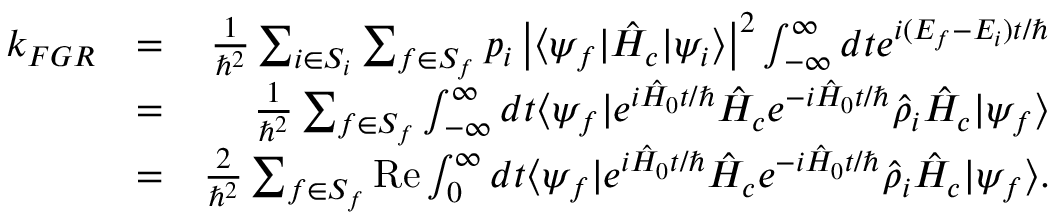
\begin{array} { r l r } { k _ { F G R } } & { = } & { \frac { 1 } { \hbar ^ { 2 } } \sum _ { i \in S _ { i } } \sum _ { f \in S _ { f } } p _ { i } \left| \langle \psi _ { f } | \hat { H } _ { c } | \psi _ { i } \rangle \right| ^ { 2 } \int _ { - \infty } ^ { \infty } d t e ^ { i ( E _ { f } - E _ { i } ) t / \hbar } } \\ & { = } & { \frac { 1 } { \hbar ^ { 2 } } \sum _ { f \in S _ { f } } \int _ { - \infty } ^ { \infty } d t \langle \psi _ { f } | e ^ { i \hat { H } _ { 0 } t / \hbar } \hat { H } _ { c } e ^ { - i \hat { H } _ { 0 } t / \hbar } \hat { \rho } _ { i } \hat { H } _ { c } | \psi _ { f } \rangle } \\ & { = } & { \frac { 2 } { \hbar ^ { 2 } } \sum _ { f \in S _ { f } } \mathrm { R e } \int _ { 0 } ^ { \infty } d t \langle \psi _ { f } | e ^ { i \hat { H } _ { 0 } t / \hbar } \hat { H } _ { c } e ^ { - i \hat { H } _ { 0 } t / \hbar } \hat { \rho } _ { i } \hat { H } _ { c } | \psi _ { f } \rangle . } \end{array}